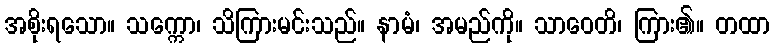
အစိုးရသော။ သက္ကော၊ သိကြားမင်းသည်။ နာမံ၊ အမည်ကို။ သာဝေတိ၊ ကြား၏။ တထာ